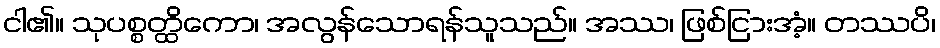
ငါ၏။ သုပစ္စတ္ထိကော၊ အလွန်သောရန်သူသည်။ အဿ၊ ဖြစ်ငြားအံ့။ တဿပိ၊